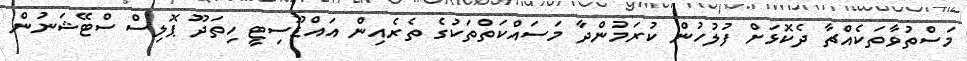
މަސްތުވާތަކެއްޗާ ދެކޮޅަށް ފުލުހުން ކުރަމުންދާ މަސައްކަތްތަކުގެ ތެރެއިން އައްޑޫސިޓީ ހިތަދޫ ޕޮލިސް ސްޓޭޝަނުން